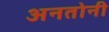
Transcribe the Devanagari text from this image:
अनतोनी